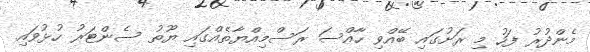
މެންދުރު ފަހު މި ރަށުގައި ބޭއްވި ހާއްސަ ރަސްމިއްޔާތެއްގައި ޔޫތު ސެންޓަރު ހުޅުވައި